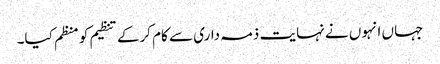
جہاں انہوں نے نہایت ذمہ داری سے کام کرکے تنظیم کو منظم کیا۔